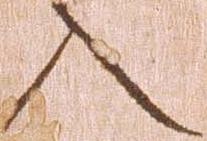
入